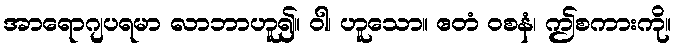
အာရောဂျပရမာ လာဘာဟူ၍။ ဝါ၊ ဟူသော။ ဧတံ ဝစနံ၊ ဤစကားကို။